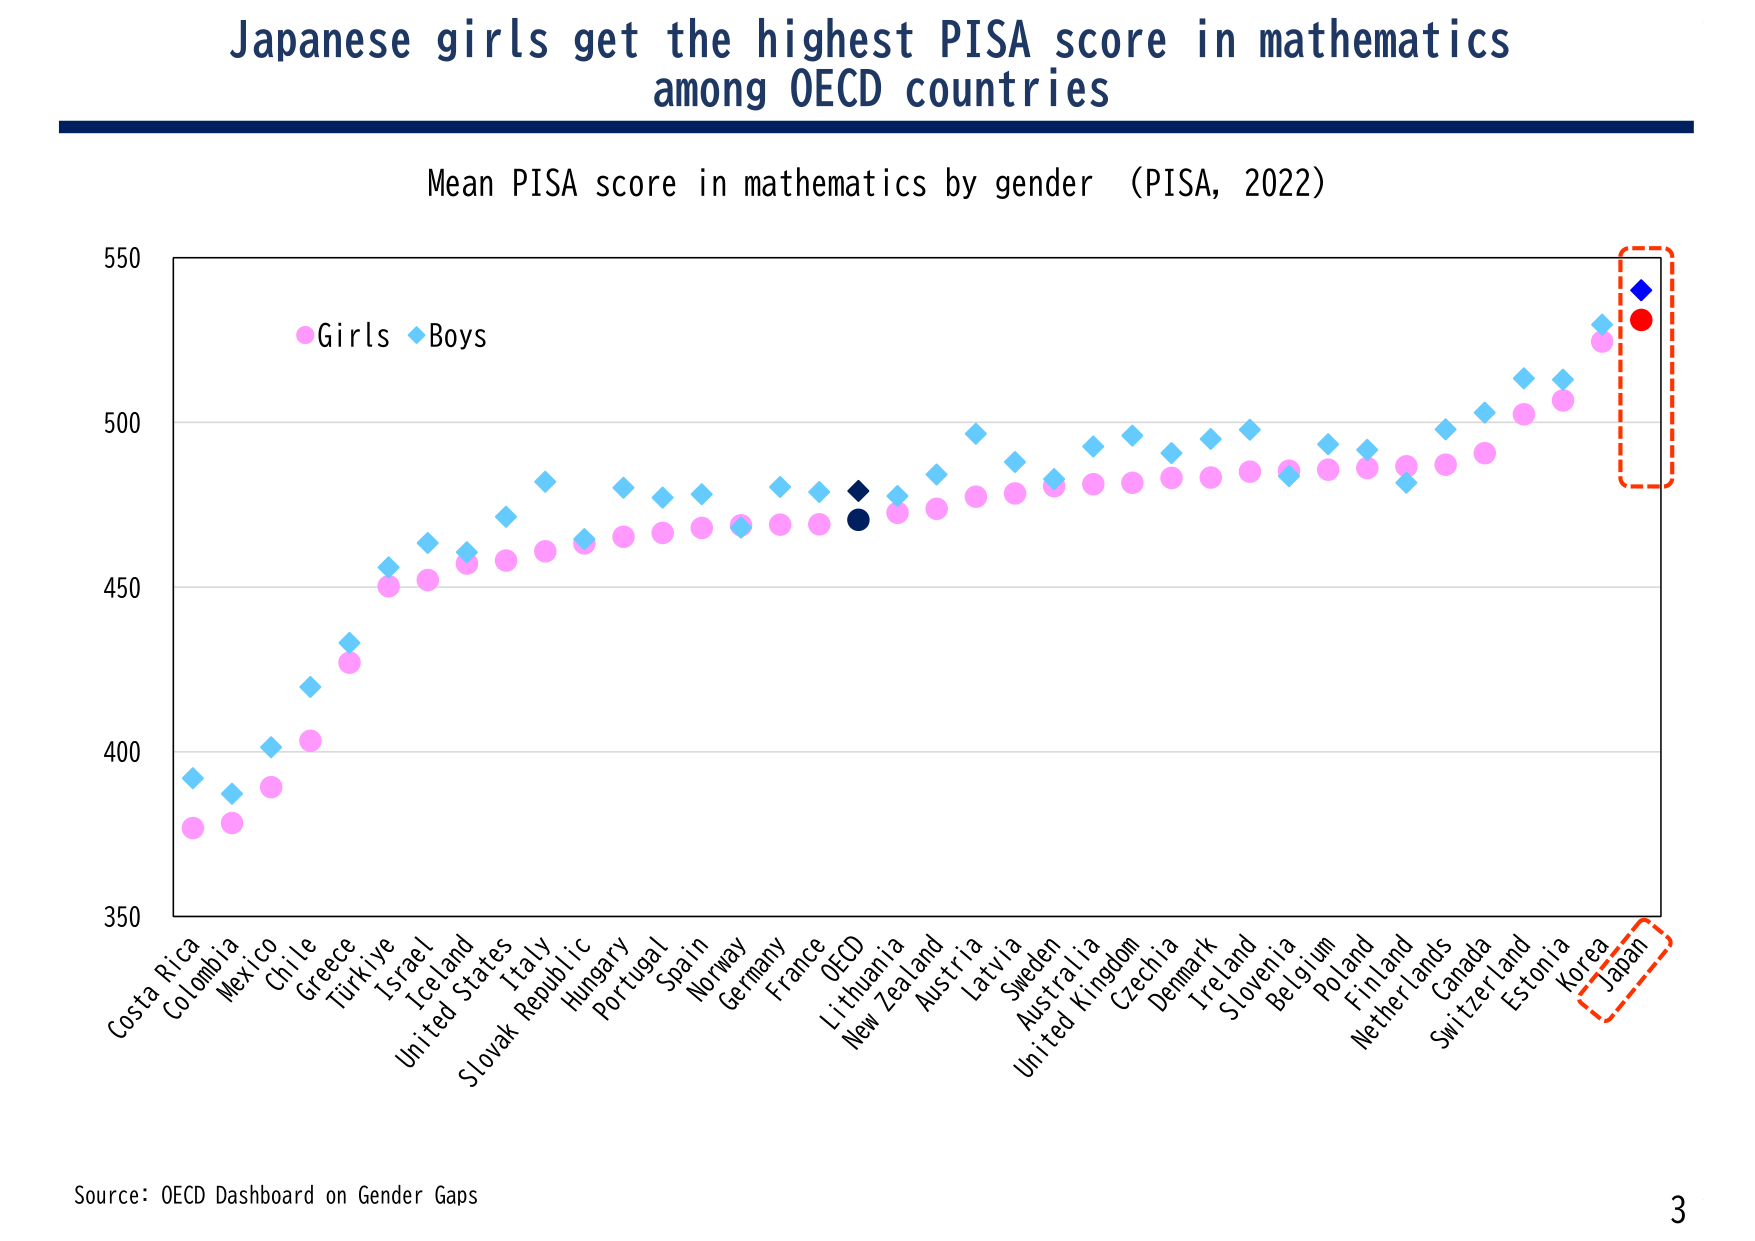
Japanese girls get the highest PISA score in mathematics among OECD countries

Mean PISA score in mathematics by gender (PISA, 2022)

Girls ◆ Boys

550
500
450
400
350

Costa Rica
Colombia
Mexico
Chile
Greece
Türkiye
Israel
Iceland
United States
Italy
Slovak Republic
Hungary
Portugal
Spain
Norway
Germany
France
OECD
Lithuania
New Zealand
Austria
Latvia
Sweden
Australia
United Kingdom
Czechia
Denmark
Ireland
Slovenia
Belgium
Poland
Finland
Netherlands
Canada
Switzerland
Estonia
Korea
Japan

Source: OECD Dashboard on Gender Gaps

3